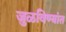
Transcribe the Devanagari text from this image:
जुळविण्यांत